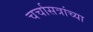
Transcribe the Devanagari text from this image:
चर्चासत्रांच्या